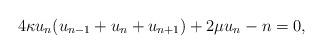
LaTeX: \begin{align*}4\kappa u_n(u_{n-1} + u_n + u_{n+1}) + 2\mu u_n - n = 0,\end{align*}